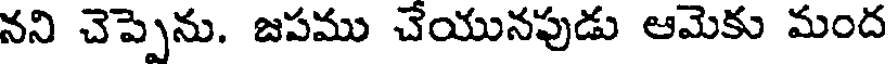
నని చెప్పెను. జపము చేయునపుడు ఆమెకు మంద